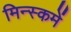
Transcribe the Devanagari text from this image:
मिन्स्कमें